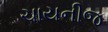
ચાયનીજ